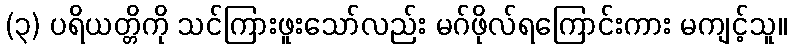
(၃) ပရိယတ္တိကို သင်ကြားဖူးသော်လည်း မဂ်ဖိုလ်ရကြောင်းကား မကျင့်သူ။